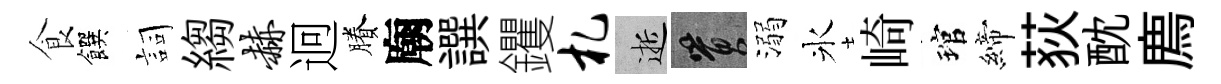
食饌詞縐赫迥賸廟譔钁札逝篔溺氷崎琯締荻酖廌